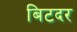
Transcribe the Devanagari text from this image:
बिटदर